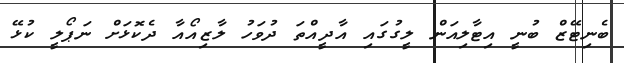
ބެނިޓޭޒް ބުނީ އިޓާލިއަން ލީގުގައި އާދީއްތަ ދުވަހު ލާޒިއޯއާ ދެކޮޅަށް ނަޕޯލީ ކުޅޭ